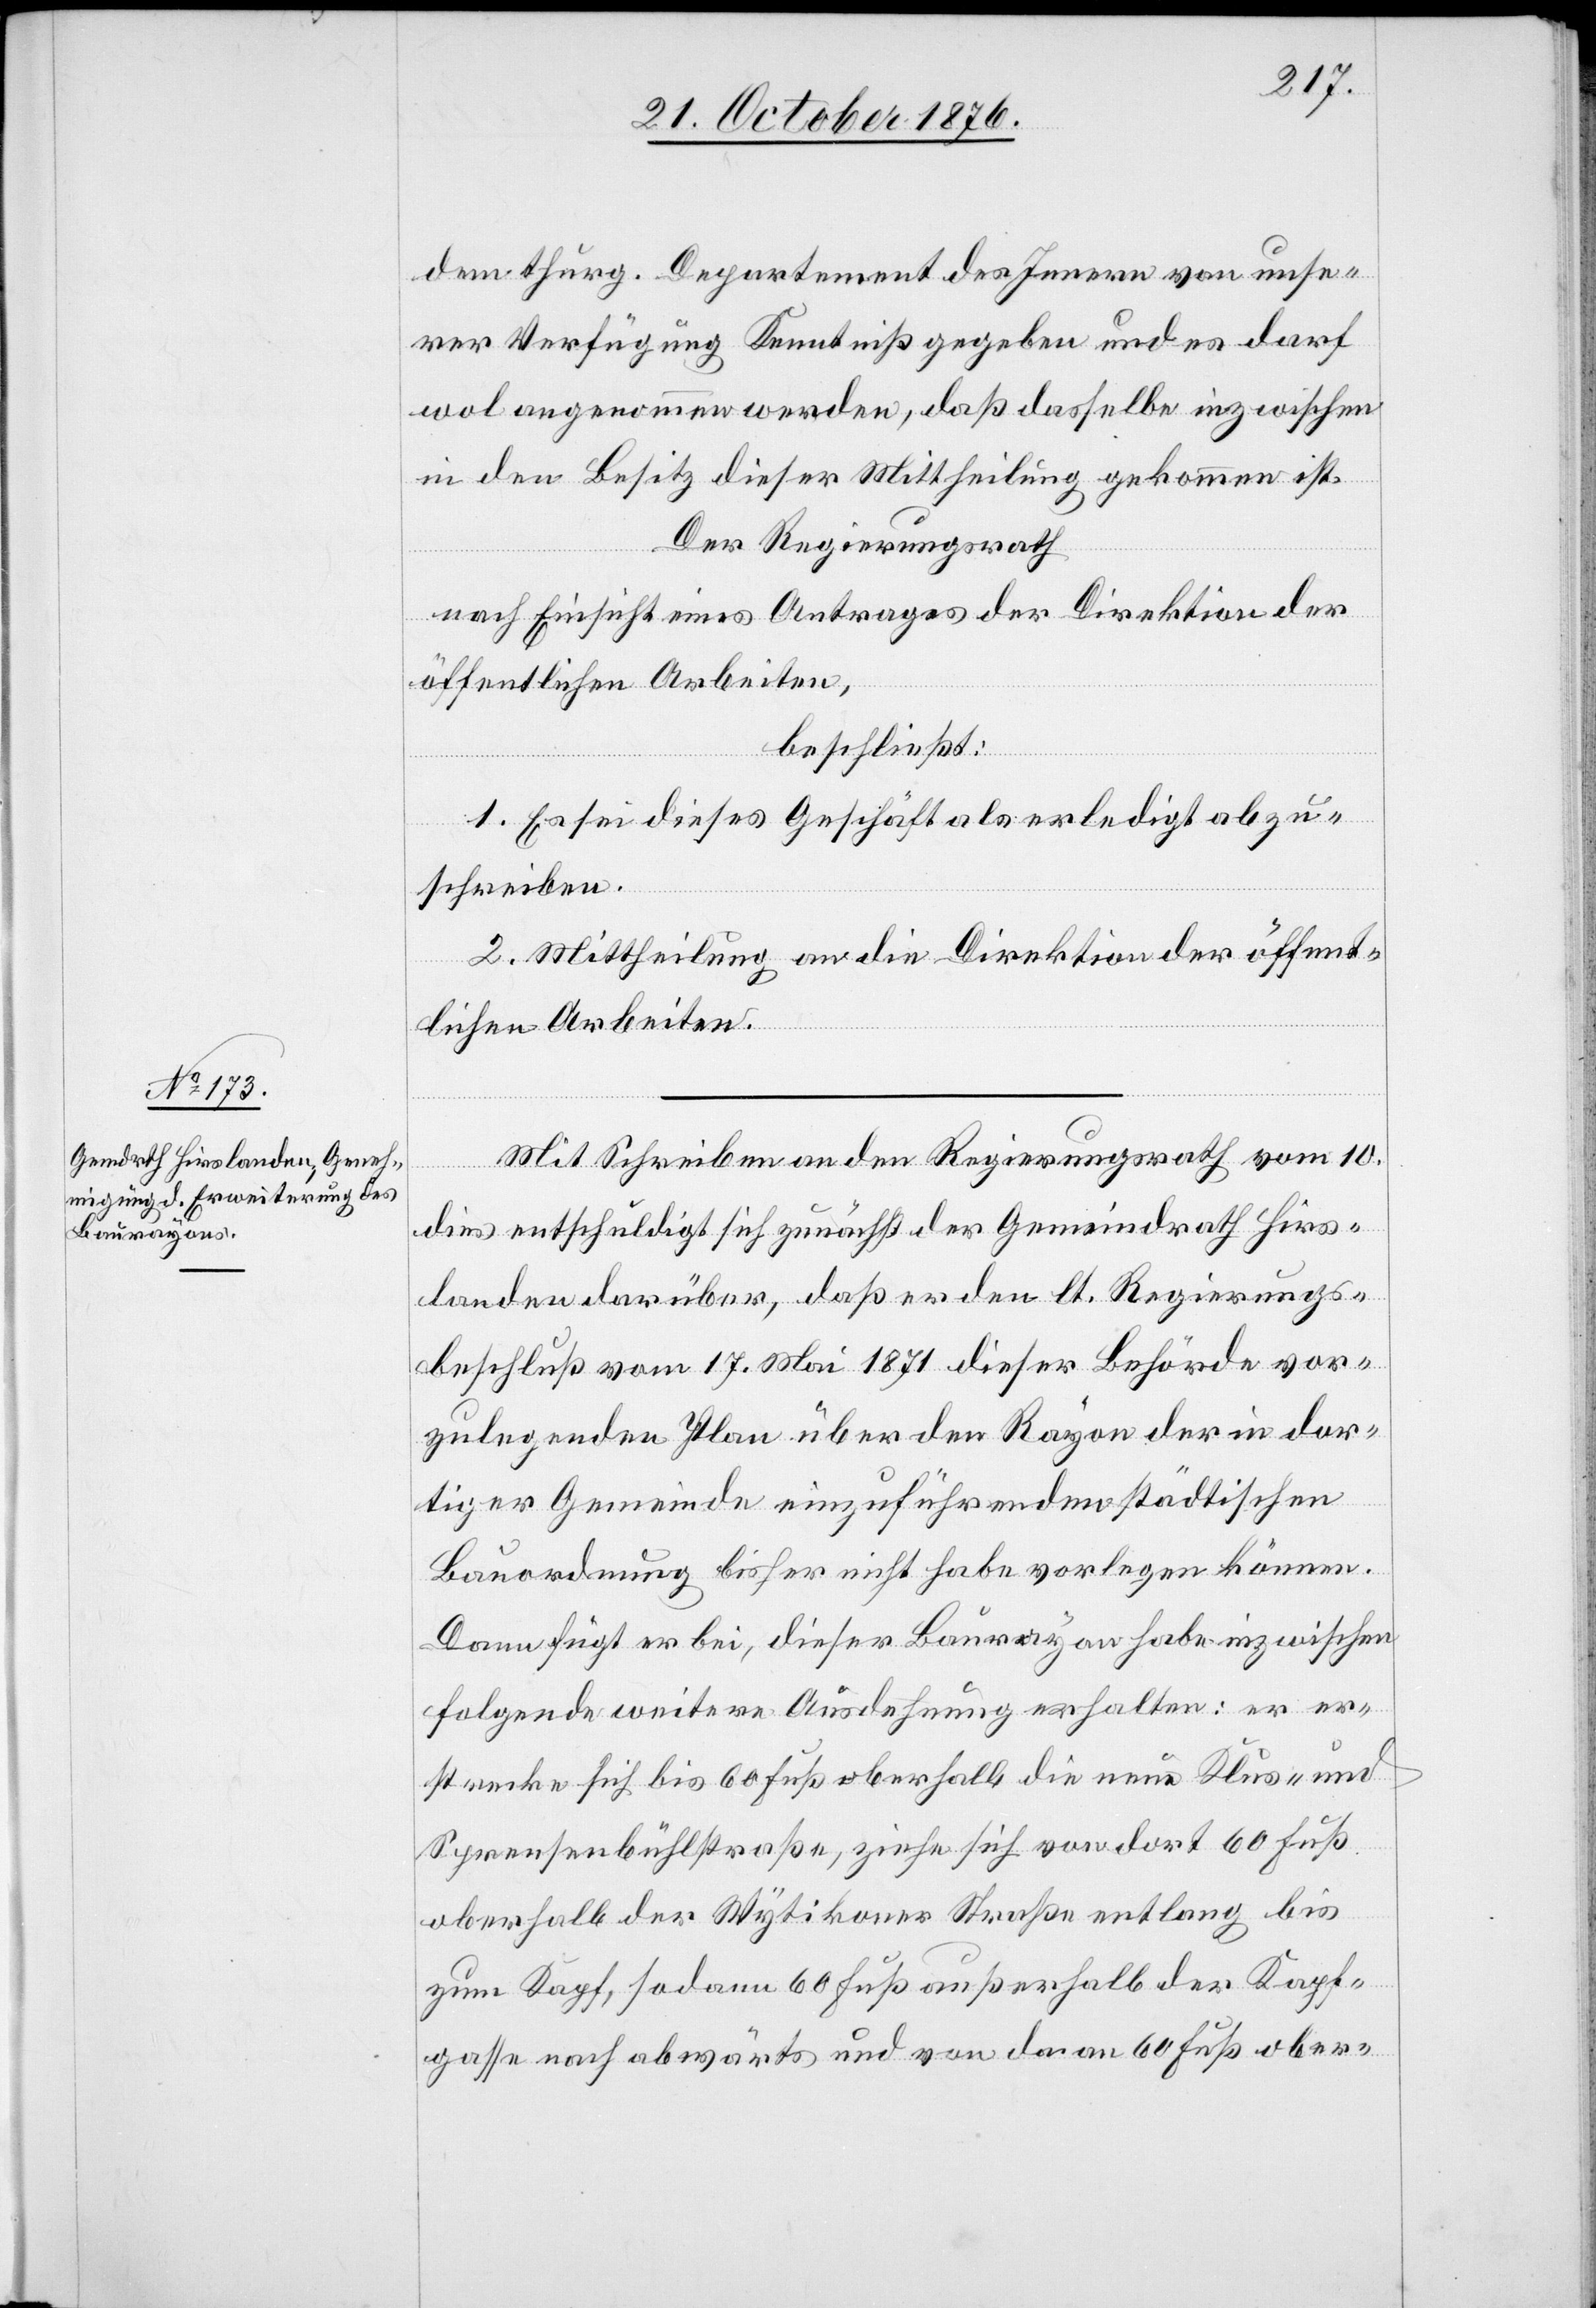
dem thurg. Departement des Innern von unse¬
rer Verfügung Kenntniß gegeben und es darf
wol angenommen werden, daß dasselbe inzwischen
in den Besitz dieser Mittheilung gekommen ist.
Der Regierungsrath
nach Einsicht eines Antrages der Direktion der
öffentlichen Arbeiten,
beschließt:
1. Es sei dieses Geschäft als erledigt abzu¬
schreiben.
2. Mittheilung an die Direktion der öffent¬
lichen Arbeiten.
Mit Schreiben an den Regierungsrath vom 10.
dies entschuldigt sich zunächst der Gemeindrath Hirs¬
landen darüber, daß er den lt. Regierungs¬
beschluß vom 17. Mai 1871 dieser Behörde vor¬
zulegenden Plan über den Rayon der in dor¬
tiger Gemeinde einzuführenden städtischen
Bauordnung bisher nicht habe vorlegen können.
Dann fügt er bei, dieser Baurayon habe inzwischen
folgende weitere Ausdehnung erhalten: er er¬
strecke sich bis 60 Fuß oberhalb die neue Klus- und
Spreesenbühlstraße, ziehe sich von dort 60 Fuß
oberhalb der Wytikoner Straße entlang bis
zum Kapf, sodann 60 Fuß außerhalb der Kapf¬
gasse nach abwärts und von da an 60 Fuß ober-